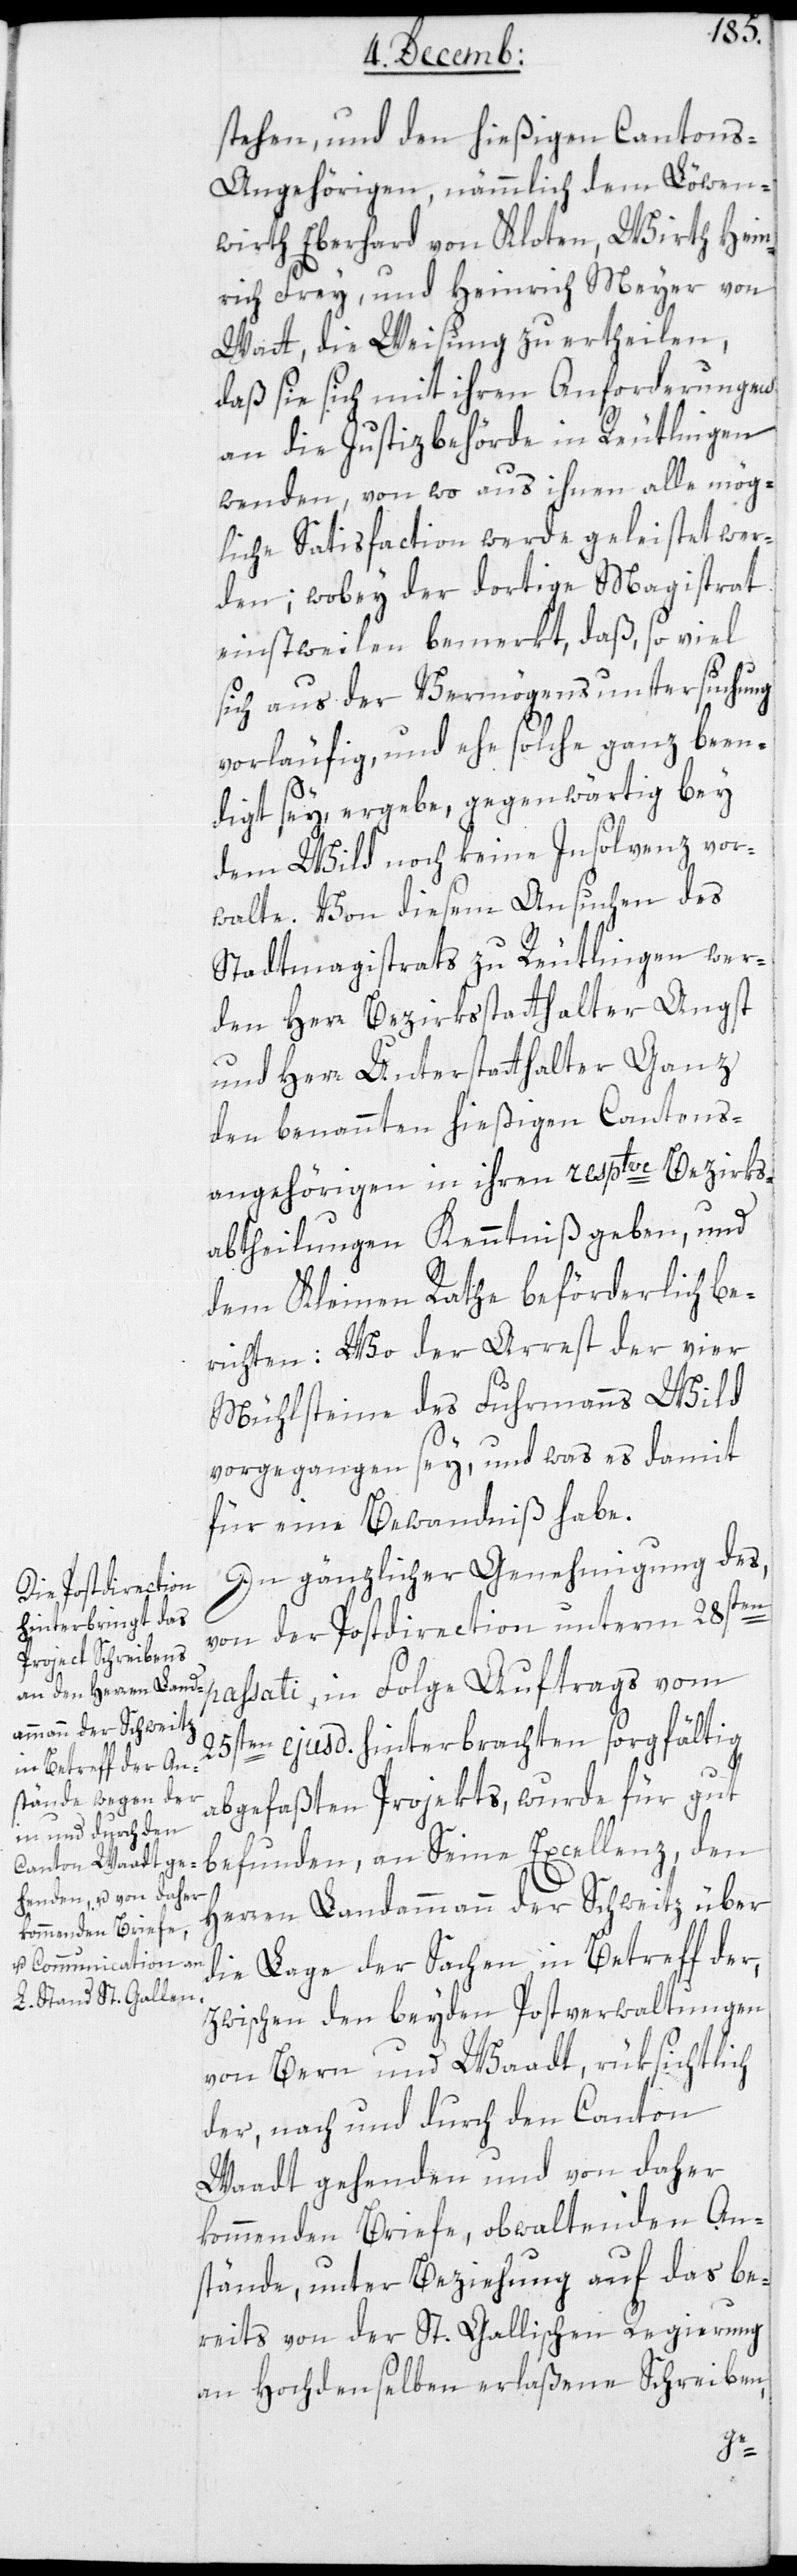
stehen, und den hießigen Canton¬
s-Angehörigen, nämmlich den Löwen¬
wirth Eberhard von Kloten, Wirth Hein¬
rich Frey und Heinrich Meyer von
Watt, die Weisung zu ertheilen,
daß sie sich mit ihren Anforderungen
an die Justizbehörde in Reutlingen
wenden, von wo aus ihnen alle mög¬
liche Satisfaction werde geleistet wer¬
den; wobey der dortige Magistrat
einstweilen bemerkt, daß so viel
sich aus der Vermögensuntersuchung
vorläufig, und ehe solche ganz been¬
digt sey, ergebe, gegenwärtig bey
dem Wild noch keine Insolvenz vor¬
walte. Von diesem Ansuchen des
Stadtmagistrats zu Reutlingen wer¬
den Herr Bezirksstatthalter Angst
und Herr Unterstatthalter Ganz
den benannten hießigen Cantons¬
angehörigen in ihren resptve Bezirks¬
abtheilungen Kenntniß geben, und
dem Kleinen Rathe beförderlich be¬
richten: Wo der Arrest der vier
Mühlsteine des Fuhrmanns Wild
vorgegangen sey, und was es damit
für eine Bewandniß habe.
In gänzlicher Genehmigung des,
von der Postdirection unterm 28sten
passati, in Folge Auftrags vom
25sten ejusd. hinterbrachten sorgfältig
abgefaßten Projekts, wurde für gut
befunden, an Seine Excellenz den
Herren Landammann der Schweitz über
die Lage der Sachen in Betreff der,
zwischen den beyden Postverwaltungen
von Bern und Waadt, rüksichtlich
der, nach und durch den Canton
Waadt gehenden und von daher
kommenden Briefe, obwaltenden An¬
stände, unter Beziehung auf das be¬
reits von der St. Gallischen Regierung
an Hochdenselben erlaßene Schreiben,